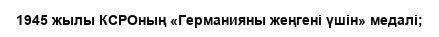
1945 жылы КСРОның «Германияны жеңгені үшін» медалі;